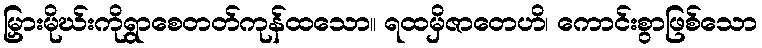
မြှားမိုဃ်းကိုရွာစေတတ်ကုန်ထသော။ ရထမှိဇာတေဟိ၊ ကောင်းစွာဖြစ်သော